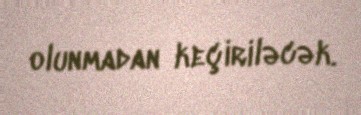
olunmadan keçiriləcək.